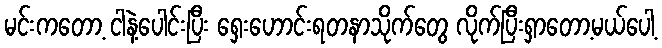
မင်းကတော့ ငါနဲ့ပေါင်းပြီး ရှေးဟောင်းရတနာသိုက်တွေ လိုက်ပြီးရှာတော့မယ်ပေါ့